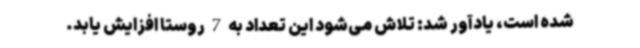
شده است، یادآور شد: تلاش می‌شود این تعداد به 7 روستا افزایش یابد.